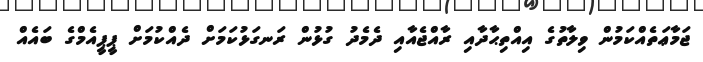
ޖަމާޢަތެއްކަމުން ވިލާތުގެ އިއްތިޙާދާއި ރާއްޖެއާއި ދެމެދު ގުޅުން ރަނގަޅުކަމަށް ދެއްކުމަށް ޕީޕީއެމްގެ ބައެއް